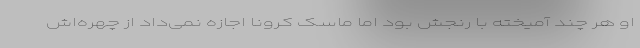
او هر چند آمیخته با رنجش بود اما ماسک کرونا اجازه نمی‌داد از چهره‌اش